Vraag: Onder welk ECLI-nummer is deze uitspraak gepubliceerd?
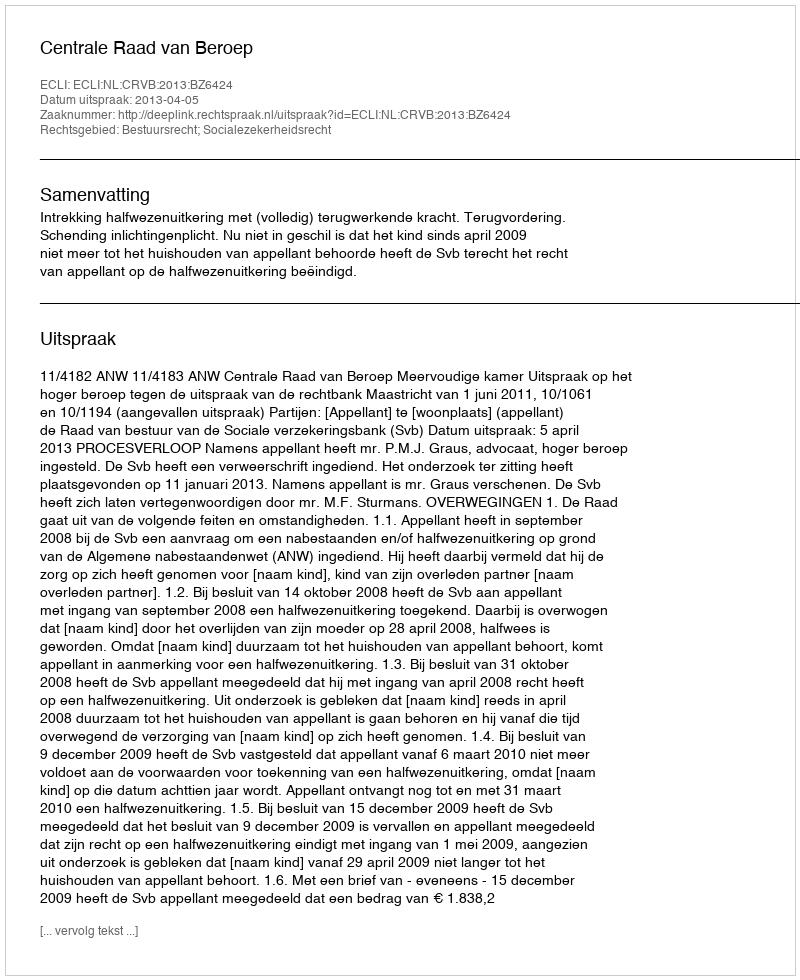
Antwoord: ECLI:NL:CRVB:2013:BZ6424